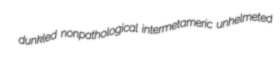
dunkled nonpathological intermetameric unhelmeted